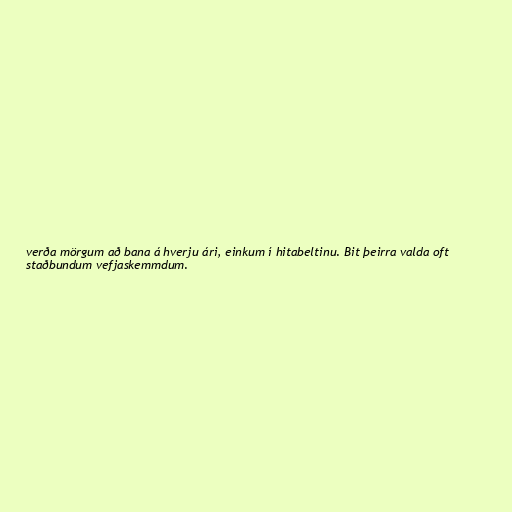
verða mörgum að bana á hverju ári, einkum í hitabeltinu. Bit þeirra valda oft
staðbundum vefjaskemmdum.